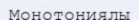
Монотониялы